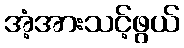
အံ့အားသင့်ဖွယ်